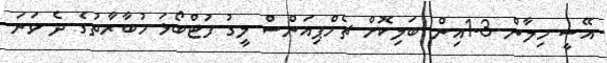
އޭސީ މިލާން 3-1އިން ބަލިކޮށް ޗެމްޕިއަންސް ލީގު ފުޓްބޯޅަ މުބާރާތުގެ ދެ ވަނަ